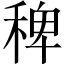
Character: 稗